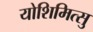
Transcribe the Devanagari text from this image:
योशिमित्सु